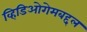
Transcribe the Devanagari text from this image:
व्हिडिओगेमबद्दल